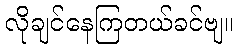
လိုချင်နေကြတယ်ခင်ဗျ။